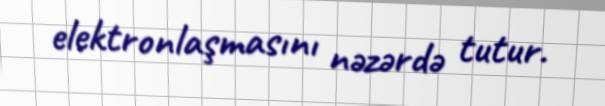
elektronlaşmasını nəzərdə tutur.